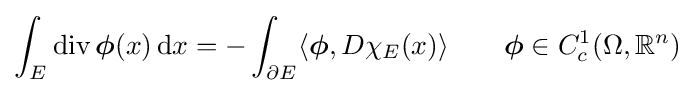
\int _{E}\operatorname {div} {\boldsymbol {\phi }}(x)\,\mathrm {d} x=-\int _{\partial E}\langle {\boldsymbol {\phi }},D\chi _{E}(x)\rangle \qquad {\boldsymbol {\phi }}\in C_{c}^{1}(\Omega ,\mathbb {R} ^{n})